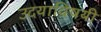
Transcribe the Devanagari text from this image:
उदयाविषयी